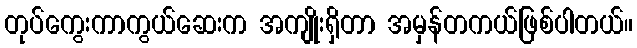
တုပ်ကွေးကာကွယ်ဆေးက အကျိုးရှိတာ အမှန်တကယ်ဖြစ်ပါတယ်။